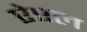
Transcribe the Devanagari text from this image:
ऐएल